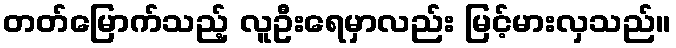
တတ်မြောက်သည့် လူဦးရေမှာလည်း မြင့်မားလှသည်။